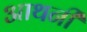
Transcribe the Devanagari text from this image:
आथनी